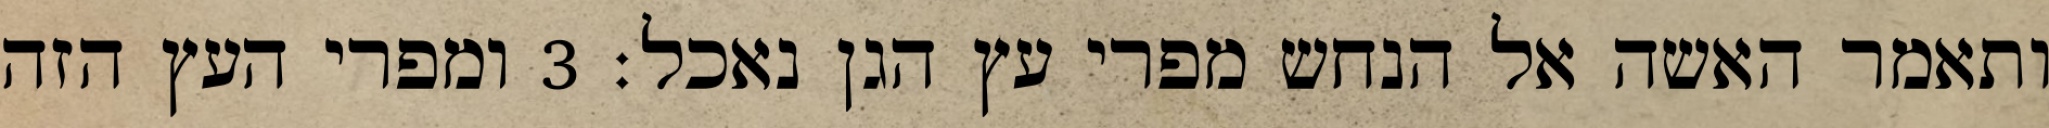
ותאמר האשה אל הנחש מפרי עץ הגן נאכל׃ ‎3‏ ומפרי העץ הזה